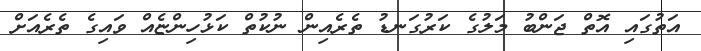
އަތުގައި އޮތް ޖަންބު މަލުގެ ކަރުގަނޑު ތެރެއިން ނުކުތް ކަޅުހިންޏެއް ވައިގެ ތެރެއަށް